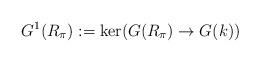
LaTeX: \begin{align*}G^1(R_{\pi}):=\textup{ker}(G(R_{\pi})\rightarrow G(k))\end{align*}